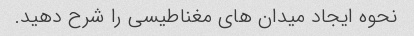
نحوه ایجاد میدان های مغناطیسی را شرح دهید.